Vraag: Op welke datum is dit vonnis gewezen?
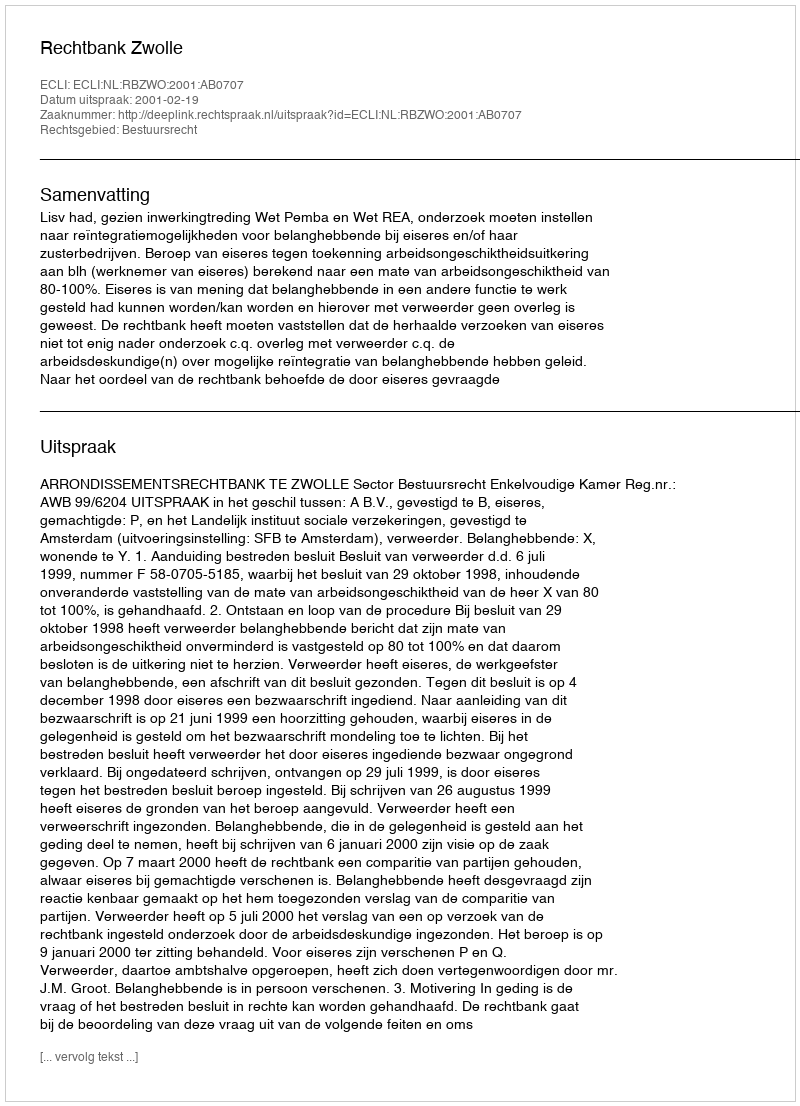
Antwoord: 2001-02-19